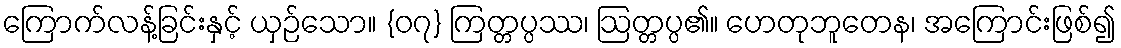
ကြောက်လန့်ခြင်းနှင့် ယှဉ်သော။ {၀၇} ကြတ္တပ္ပဿ၊ ဩတ္တပ္ပ၏။ ဟေတုဘူတေန၊ အကြောင်းဖြစ်၍